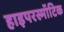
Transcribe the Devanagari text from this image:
हाइपरस्मॉटिक